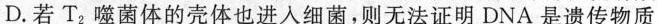
D.若T_{2}噬菌体的壳体也进入细菌，则无法证明DNA是遗传物质